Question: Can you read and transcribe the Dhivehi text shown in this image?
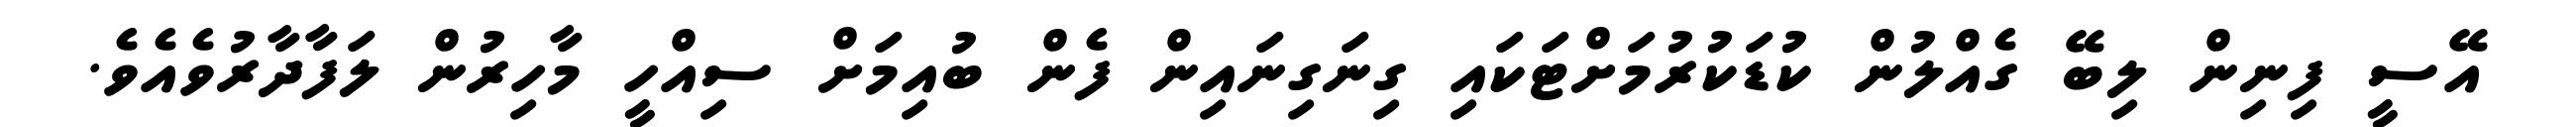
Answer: އޭސީ ފިނިން ލިބޭ ގެއްލުން ކުޑަކުރުމަށްޓަކައި ގިނަގިނައިން ފެން ބުއިމަށް ސިއްހީ މާހިރުން ލަފާދާރުވެއެވެ.